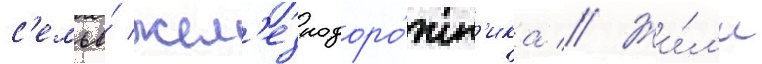
с'емье́ жел'езнодоро́жн'ика // Жи́л'и